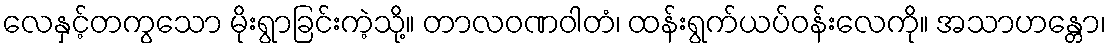
လေနှင့်တကွသော မိုးရွာခြင်းကဲ့သို့။ တာလဝဏဝါတံ၊ ထန်းရွက်ယပ်ဝန်းလေကို။ အသာဟန္တော၊